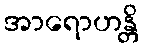
အာရောဟန္တိ